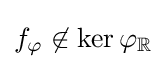
f_{\varphi }\not \in \ker \varphi _{\mathbb {R} }